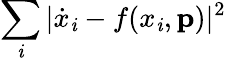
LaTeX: \sum_{\mathit{i}}|\dot{{x}}_{\mathit{i}}-f(x_{\mathit{i}},\mathbf{{p}})|^{2}